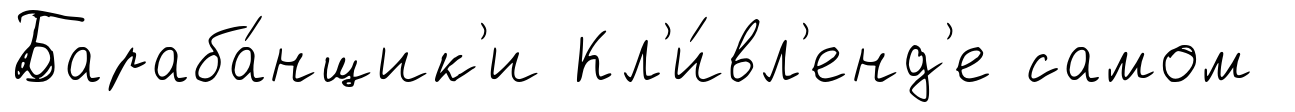
Бараба́нщик'и Кл'и́вл'енд'е самом